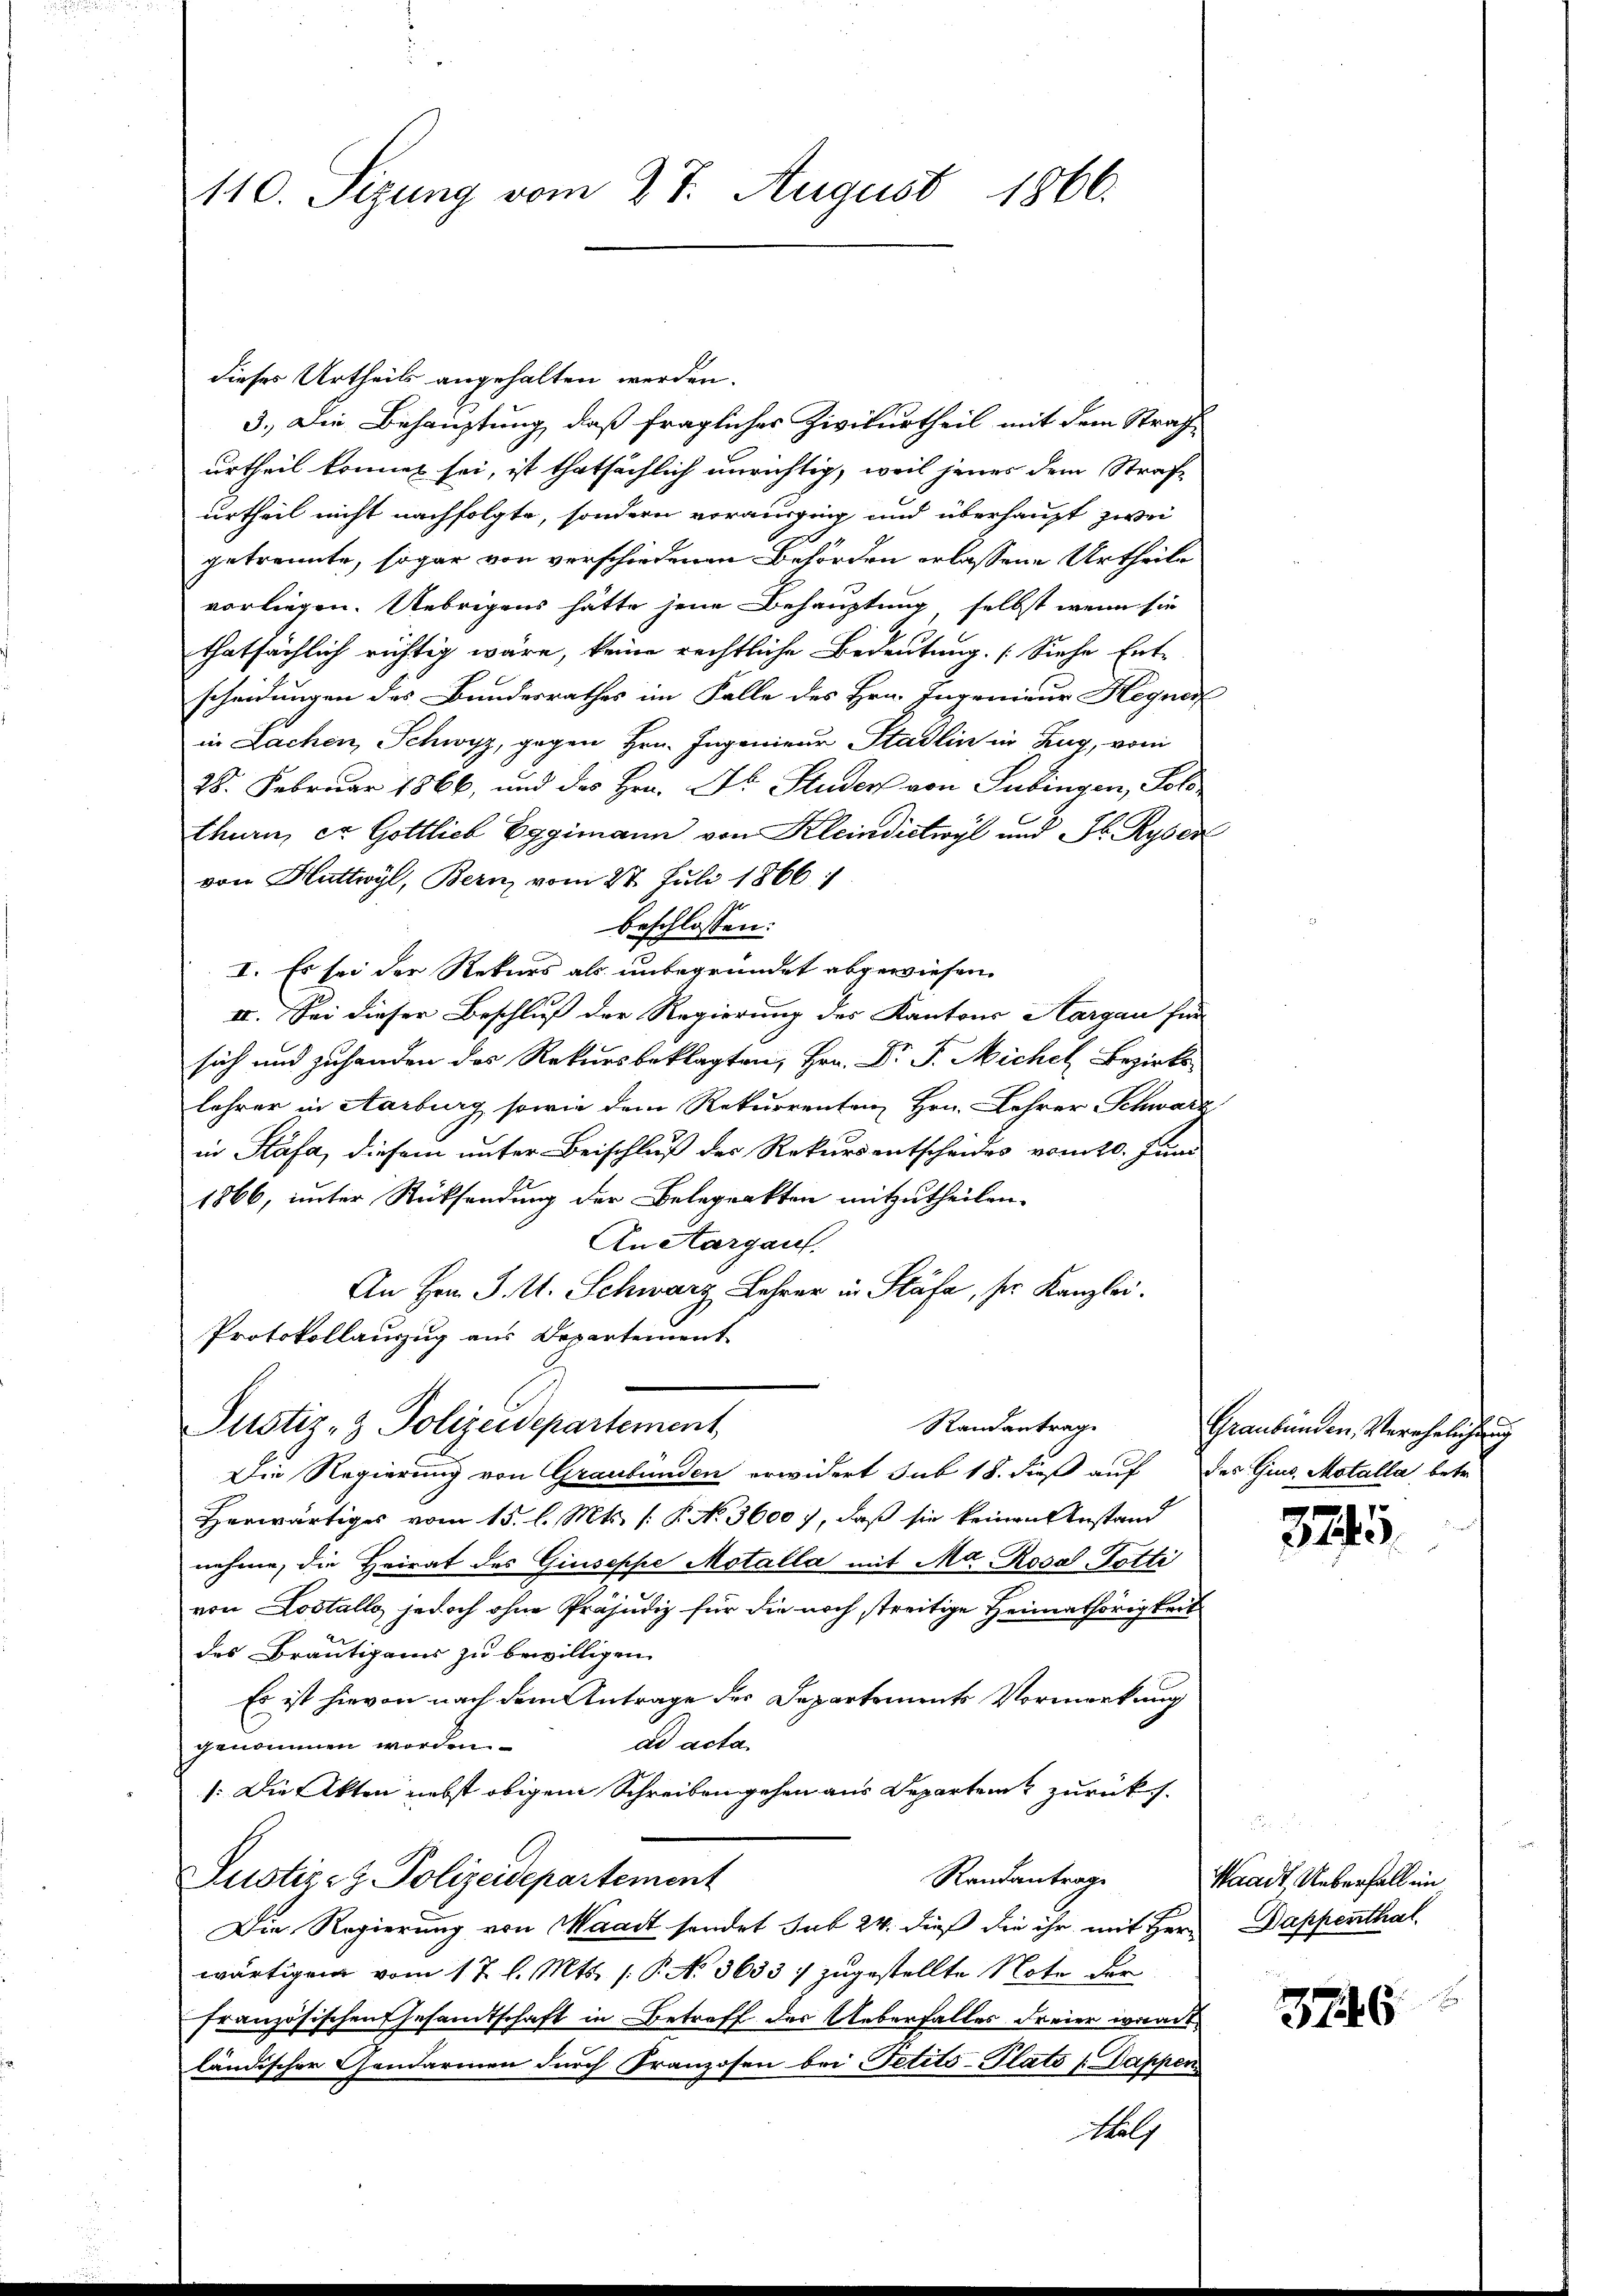
110. Sizung vom 27. August 1866.

dieses Urtheils angehalten werden.
3.) Die Behauptung, daß fraglicher Zivilurtheil mit dem Strafe
urtheil könnet sei, ist thatsächlich unrichtig, weil jener dem Strafurtheil nicht nachfolgte, sondern vorausging und überhaupt zwei
getrennte, sogar von verschiedenen Behörden erlassene Urtheile
vorliegen. Uebrigens hätte jene Behauptung, selbst wenn sie
thatsächlich richtig wäre, keine rechtliche Bedeutung. (Siehe Ent-
scheidungen des Bundesrathes im Falle des Hrn. Ingenieur Hegner
in Sachen, Schwyz, gegen Hrn. Ingenieur Stadlin in Zug, vom
28. Februar 1866, und des Hrn. Dr. Studers von Subingen, Solothurn, et Gottlich Eggimann von Kleindictwyl und J. Ryser
von Huttwyl, Bern, vom 28. Juli 1866. 1
beschlossen:
I. Es sei der Rekurs als unbegründet abgewiesen.
IV. Sei dieser Beschluß der Regierung des Kantons Aargau für
sich und zuhanden des Rekursbeklagten, Hrn. Dr. F. Michel Bezirks-
lehrer in Aarburg, sowie dem Rekurrenten Hrn. Lehrer Schwarz
in Stäfa, diesem unter Beischluß der Rekursentscheides vom 20. Juni
1866, unter Rücksendung der Belegrakten mitzutheilen.
An Aargau.
An Hrn. J. A. Schwarz Lehrer in Stäfa, ser Kanzlei.
Protokollauszug aus Departement
Randantrag
Justiz- & Polizeidepartement
Die Regierung von Graubünden erwidert sub 18. dieß auf des Gius, Motalla, betr.
Herwärtiges vom 15. l. Mts. (: P. No. 36007, daß sie keinen Anstand
nehme, die Heirat des Giuseppe Motalla mit Ma-Rosa Potti
von Lostalls jedoch ohne Präjudiz für die noch streitige Heimathörigkeit
des Bräutigams zu bewilligen.
Es ist hievon nach dem Antrage des Departements Vormerkung
ad acta.
genommen worden.
): Die Akten nebst obigem Schreiben gehen aus Departen zurücks.
Randantrage
Justiz- & Polizeidepartement
Die Regierung von Waadt sondet sub 24. dieß die ihr mit Herr
wärtigen vom 17. l. Mts. s. P. N. 3633 :/ zugestellte Note der
französischen Gesamtschaft in Betreff der Ueberfalles dreier wardt
ländischer Gendarmen durch Franzosen bei Petito-Plato 1. Dappen
Holz

Graubünden, Verehelichung

32

Waadt Ueberfall ein
Dappenthal

3746